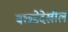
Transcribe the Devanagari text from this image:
बछडेदेखील